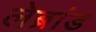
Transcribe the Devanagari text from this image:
लेब्रांड